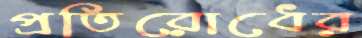
প্রতিরোধের